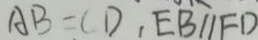
A B = C D , E B / / F D